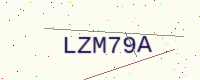
Text: LZM79A